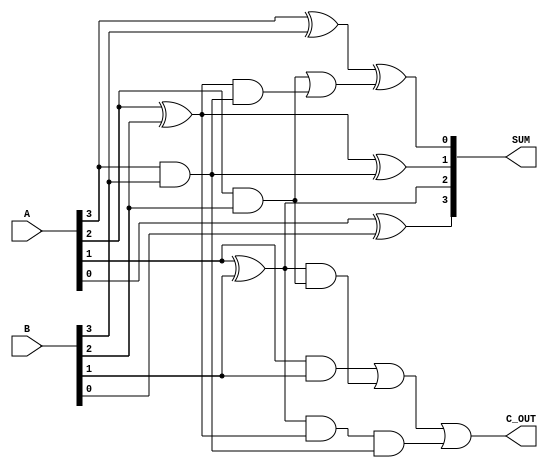
module carry_lookahead_adder (
    input wire [3:0] A,
    input wire [3:0] B,
    output wire [3:0] SUM,
    output wire C_OUT
);

wire [4:0] G;
wire [4:0] P;
wire [4:0] C;

assign G = {A[0] & B[0], A[1] & B[1], A[2] & B[2], A[3] & B[3], 1'b0};
assign P = {A[0] ^ B[0], A[1] ^ B[1], A[2] ^ B[2], A[3] ^ B[3], 1'b1};

assign C[0] = 1'b0;
assign C[1] = G[0] | (P[0] & C[0]);
assign C[2] = G[1] | (P[1] & G[0]) | (P[1] & P[0] & C[0]);
assign C[3] = G[2] | (P[2] & G[1]) | (P[2] & P[1] & G[0]) | (P[2] & P[1] & P[0] & C[0]);
assign C[4] = G[3] | (P[3] & G[2]) | (P[3] & P[2] & G[1]) | (P[3] & P[2] & P[1] & G[0]) | (P[3] & P[2] & P[1] & P[0] & C[0]);

assign SUM = {A[0] ^ B[0] ^ C[0], A[1] ^ B[1] ^ C[1], A[2] ^ B[2] ^ C[2], A[3] ^ B[3] ^ C[3]};
assign C_OUT = C[4];

endmodule